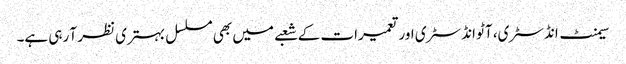
سیمنٹ انڈسٹری، آٹو انڈسٹری اور تعمیرات کے شعبے میں بھی مسلسل بہتری نظر آ رہی ہے۔